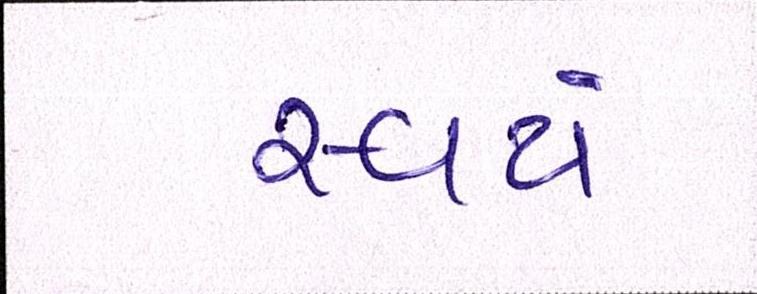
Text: સ્વયં